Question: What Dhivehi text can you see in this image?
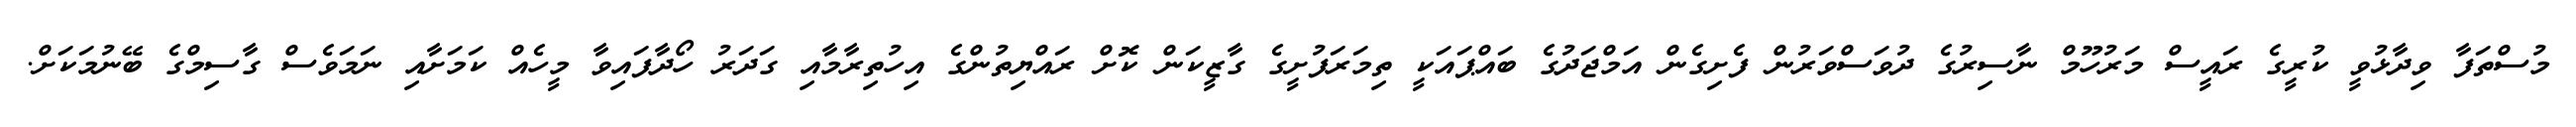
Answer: މުސްތަފާ ވިދާޅުވީ ކުރީގެ ރައީސް މަރުހޫމް ނާސިރުގެ ދުވަސްވަރުން ފެށިގެން އަމްޖަދުގެ ބައްޕައަކީ ތިމަރަފުށީގެ ގާޒީކަން ކޮށް ރައްޔިތުންގެ އިހުތިރާމާއި ގަދަރު ހޯދާފައިވާ މީހެއް ކަމަށާއި ނަމަވެސް ގާސިމްގެ ބޭނުމަކަށް.